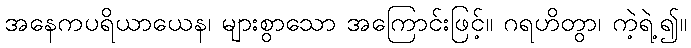
အနေကပရိယာယေန၊ များစွာသော အကြောင်းဖြင့်။ ဂရဟိတွာ၊ ကဲ့ရဲ့၍။